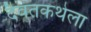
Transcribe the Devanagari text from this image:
दैवतकथेला